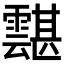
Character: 𩅾